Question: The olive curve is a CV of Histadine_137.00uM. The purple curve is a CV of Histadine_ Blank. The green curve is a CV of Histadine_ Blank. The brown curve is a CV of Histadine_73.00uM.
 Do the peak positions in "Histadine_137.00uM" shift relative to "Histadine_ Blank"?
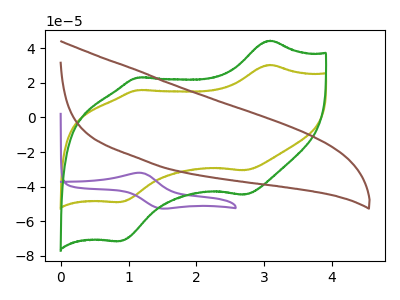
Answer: <think>The olive curve "Histadine_137.00uM" has anodic peaks at (3.10V, 30.30uA) (1.15V, 15.75uA) and cathodic peaks at (2.70V, -30.50uA) (0.90V, -48.85uA). The purple curve "Histadine_ Blank" has an anodic peak at (1.20V, -31.95uA) and a cathodic peak at (1.50V, -52.55uA). The green curve "Histadine_ Blank" has anodic peaks at (3.10V, 44.30uA) (1.15V, 23.05uA) and cathodic peaks at (2.70V, -44.60uA) (0.90V, -71.45uA). The brown curve "Histadine_73.00uM" has no peaks.
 All the peaks in "Histadine_137.00uM" have a peak in "Histadine_ Blank" at the same potential. Every peak in "Histadine_137.00uM" is lower than every peak in "Histadine_ Blank".</think>
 <answer>No, "Histadine_137.00uM" and "Histadine_ Blank" don't appear to be significantly different in shape</answer>
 <eval>no_change</eval>